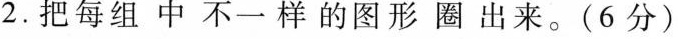
2.把 每 组 中 不一 样 的 图 形 圈 出 来。(6分)